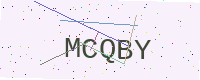
Text: MCQBY